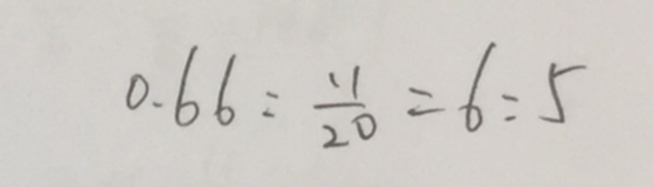
0 . 6 6 : \frac { 1 1 } { 2 0 } = 6 : 5